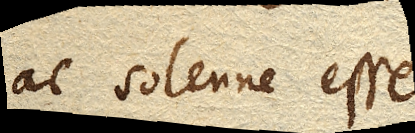
ac solenne esse.